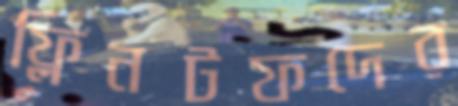
ফ্লিনটফদের